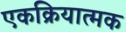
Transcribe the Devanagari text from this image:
एकक्रियात्मक